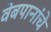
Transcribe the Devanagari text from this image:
वेबपानांचे